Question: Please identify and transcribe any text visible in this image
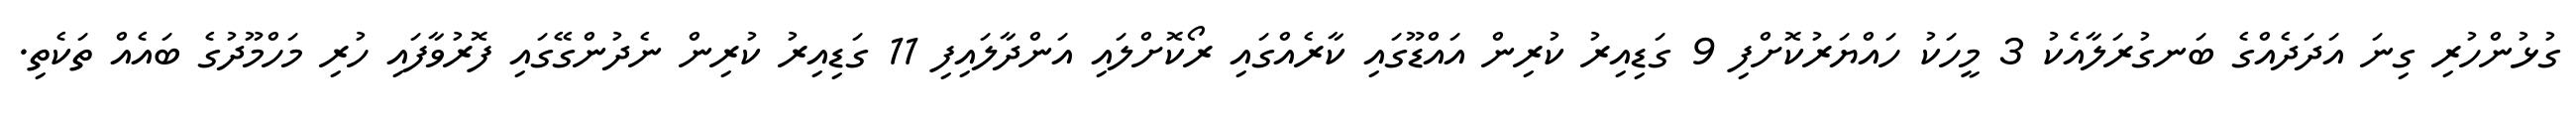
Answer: ގުޅުންހުރި ގިނަ އަދަދެއްގެ ބަނގުރަލާއެކު 3 މީހަކު ހައްޔަރުކޮށްފި 9 ގަޑިއިރު ކުރިން އައްޑޫގައި ކާރެއްގައި ރޯކޮށްލައި އަންދާލައިފި 11 ގަޑިއިރު ކުރިން ނެދުންގޭގައި ފޮރުވާފައި ހުރި މަހްމޫދުގެ ބައެއް ތަކެތި.